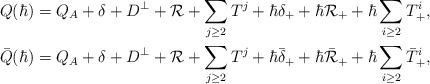
LaTeX: \begin{align*} Q(\hbar) &= Q_A + \delta + D^\perp + \mathcal{R} + \sum_{j \geq 2}T^j + \hbar\delta_+ + \hbar\mathcal{R}_+ + \hbar\sum_{i \geq 2}T_+^i,\\ \bar{Q}(\hbar) &= Q_A + \delta + D^\perp + \mathcal{R} + \sum_{j \geq 2}T^j + \hbar\bar{\delta}_+ + \hbar\bar{\mathcal{R}}_+ + \hbar\sum_{i \geq 2}\bar{T}_+^i,\end{align*}